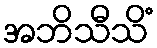
အဘိသီသိံ